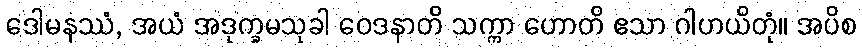
ဒေါမနဿံ, အယံ အဒုက္ခမသုခါ ဝေဒနာတိ သက္ကာ ဟောတိ ဧသာ ဂါဟယိတုံ။ အပိစ